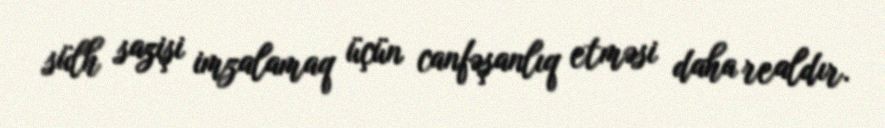
sülh sazişi imzalamaq üçün canfəşanlıq etməsi daha realdır.